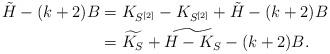
LaTeX: \begin{align*}\tilde H -(k+2)B&= K_{S^{[2]}}-K_{S^{[2]}}+ \tilde H -(k+2)B\\&=\widetilde{K_S}+ \widetilde{H-K_S}-(k+2)B.\end{align*}